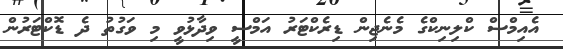
އެއިމްސް ކްލިނިކްގެ މެނެޖިން ޑިރެކްޓަރު އަމްސީ ވިދާޅުވީ މި ވަގުތު ދެ ޑޮކްޓަރުން